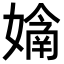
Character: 𭒙